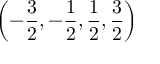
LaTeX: \left( - \displaystyle \frac { 3 } { 2 } , - \displaystyle \frac { 1 } { 2 } , \displaystyle \frac { 1 } { 2 } , \displaystyle \frac { 3 } { 2 } \right)